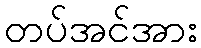
တပ်အင်အား